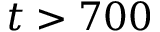
t > 7 0 0